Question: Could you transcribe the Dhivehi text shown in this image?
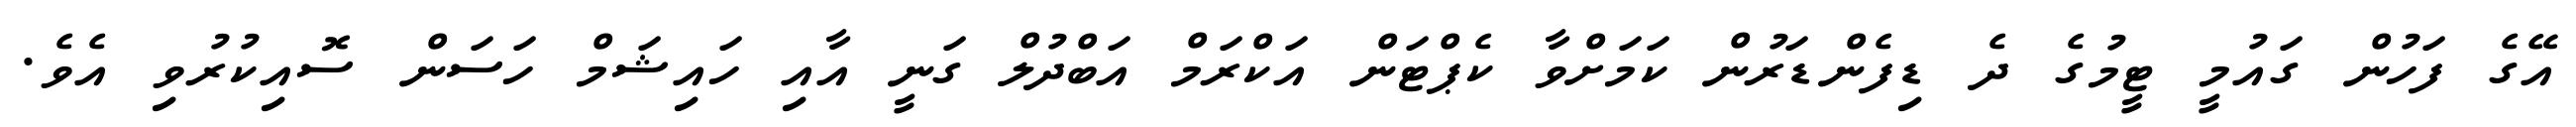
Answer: އޭގެ ފަހުން ގައުމީ ޓީމުގެ ދެ ޑިފެންޑަރުން ކަމަށްވާ ކެޕްޓަން އަކްރަމް އަބްދުލް ގަނީ އާއި ހައިޝަމް ހަސަން ސޮއިކުރުވި އެވެ.